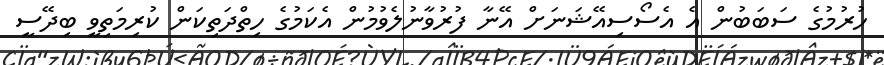
ހުރުމުގެ ސަބަބުން އެ އެސޯސިއޭޝަނަށް އޭނާ ފުރުވާނުލެވުމުން އެކަމުގެ ހިތްދަތިކަން ކުރިމަތިވީ ބިދޭސީ